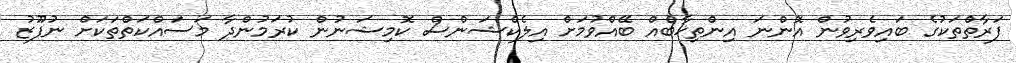
ފަރާތްތަކުގެ ބައިވެރިވުން އޮންނަ އިންތިޚާބެއް ބޭއްވުމަށް އިލެކްޝަންސް ކޮމިޝަނުން ކުރަމުންދާ މަސައްކަތްތަކަށް ނުފޫޒު